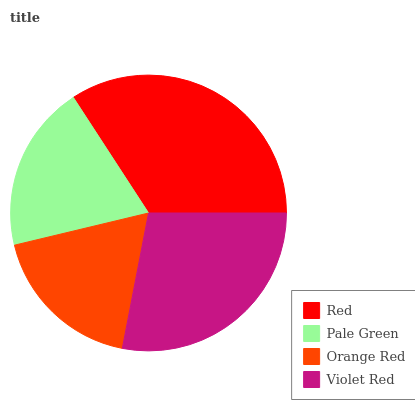
| Red | Pale Green | Orange Red | Violet Red |
 | --- | --- | --- | --- |
 | 34.2% | 19.6% | 18.2% | 28% |